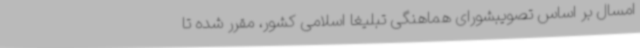
امسال بر اساس تصویبشورای هماهنگی تبلیغا اسلامی کشور، مقرر شده تا